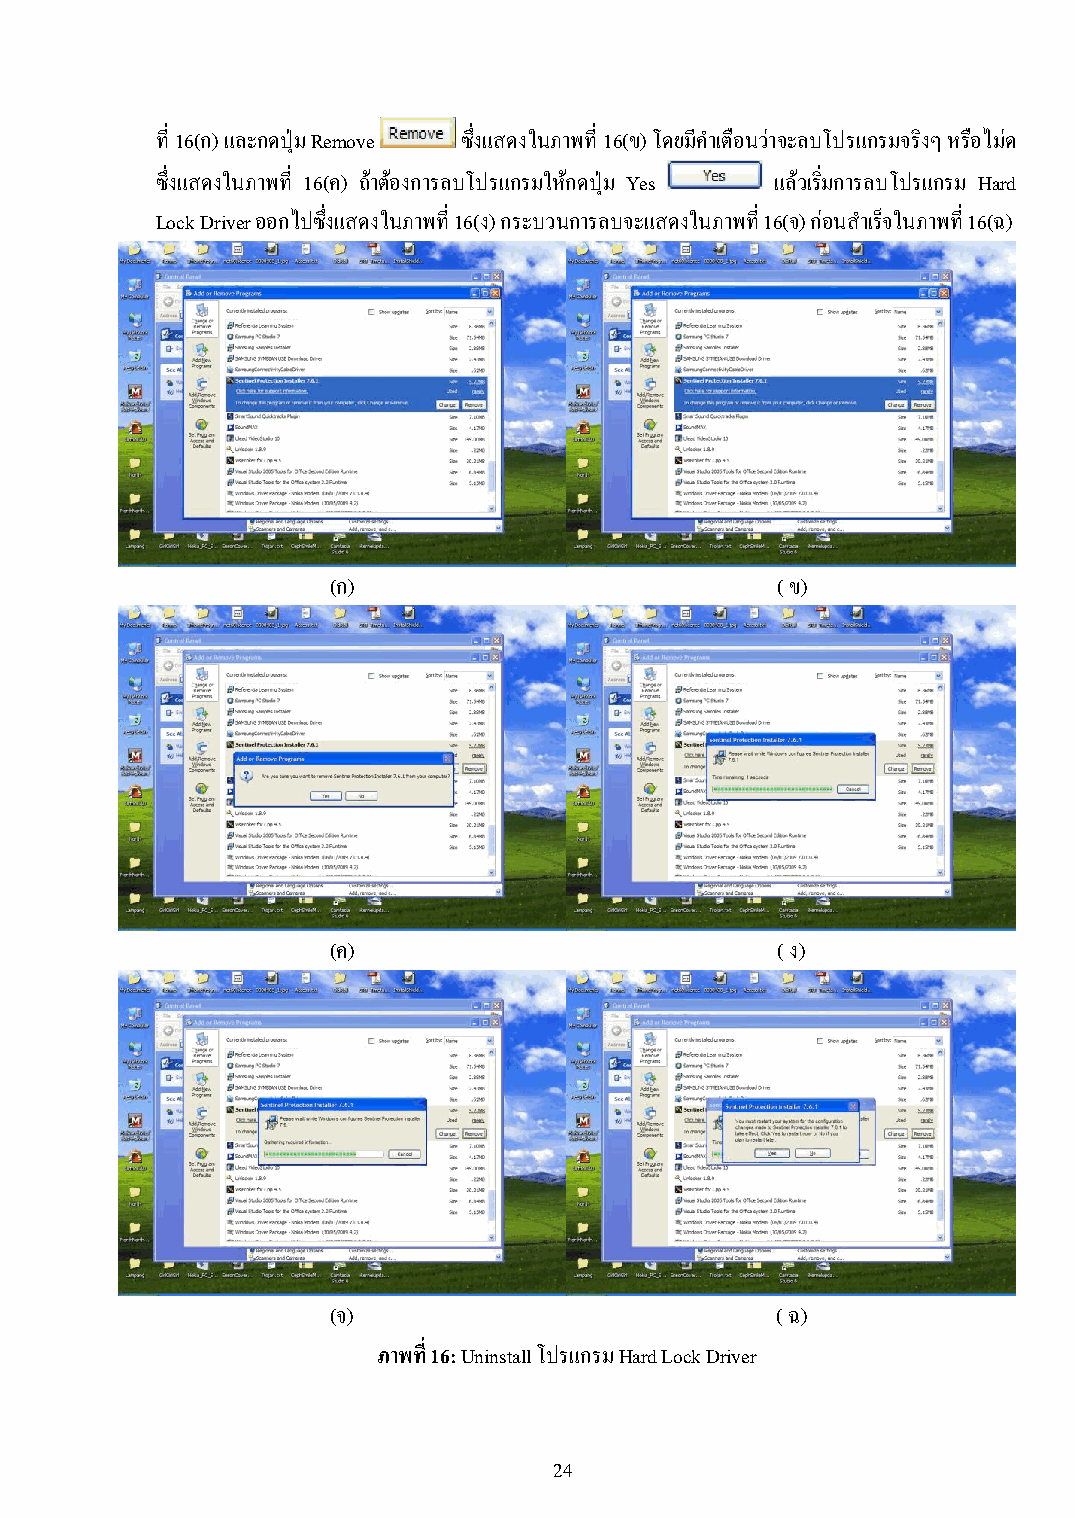
ที่ 16(ก) และกดปุ่ม Remove ซึ่งแสดงในภาพที่ 16(ข) โดยมีค าเตือนว่าจะลบโปรแกรมจริงๆ หรือไม่ด
 ซึ่งแสดงในภาพที่ 16(ค) ถ้าต้องการลบโปรแกรมให้กดปุ่ม Yes แล้วเริ่มการลบโปรแกรม Hard
 Lock Driver ออกไปซึ่งแสดงในภาพที่ 16(ง) กระบวนการลบจะแสดงในภาพที่ 16(จ) ก่อนส าเร็จในภาพที่ 16(ฉ)
 (ก)                          (ข)
 (ค)                          (ง)
 (จ)                          (ฉ)
 ภาพที่ 16: Uninstall โปรแกรม Hard Lock Driver
 24